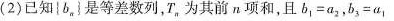
(2)已知{b_{n}}是等差数列，T_{n}为其前n项和，且b_{1}=a_{2}，b_{3}=a_{1}